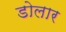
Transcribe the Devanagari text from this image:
डोलार